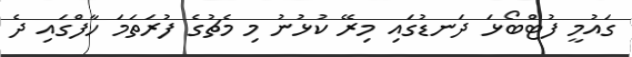
ގައުމީ ފުޓްބޯޅަ ދަނޑުގައި މިރޭ ކުޅުނު މި މެޗުގެ ފުރަތަމަ ހާފްގައި ދެ